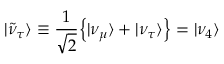
\vert \tilde { \nu } _ { \tau } \rangle \equiv { \frac { 1 } { \sqrt { 2 } } } { \left\{ \vert \nu _ { \mu } \rangle + \vert \nu _ { \tau } \rangle \right\} } = \vert \nu _ { 4 } \rangle